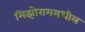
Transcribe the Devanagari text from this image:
मिझोराममधील